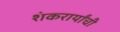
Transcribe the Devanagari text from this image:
शंकरार्यांची